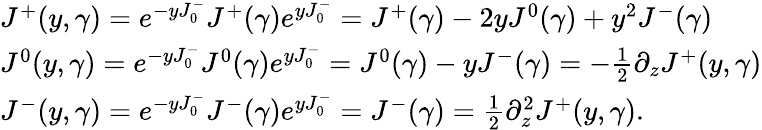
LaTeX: \begin{array}{lcr}{{J^{+}(y,\gamma)=e^{-yJ_{0}^{-}}J^{+}(\gamma)e^{yJ_{0}^{-}}=J^{+}(\gamma)-2yJ^{0}(\gamma)+y^{2}J^{-}(\gamma)}}\\ {{J^{0}(y,\gamma)=e^{-yJ_{0}^{-}}J^{0}(\gamma)e^{yJ_{0}^{-}}=J^{0}(\gamma)-yJ^{-}(\gamma)={-{\frac{1}{2}}}{\partial_{z}}J^{+}(y,\gamma)}}\\ {{J^{-}(y,\gamma)=e^{-yJ_{0}^{-}}J^{-}(\gamma)e^{yJ_{0}^{-}}=J^{-}(\gamma)={\frac{1}{2}}{{\partial}_{z}^{2}}J^{+}(y,\gamma).}}\end{array}